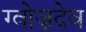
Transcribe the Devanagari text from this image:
ग्वोज़देव